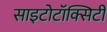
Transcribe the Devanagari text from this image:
साइटोटॉक्सिटी